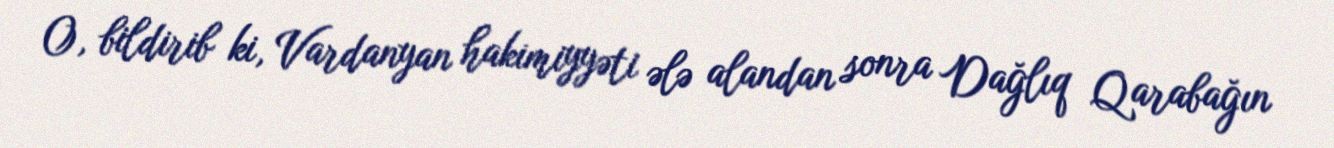
O, bildirib ki, Vardanyan hakimiyyəti ələ alandan sonra Dağlıq Qarabağın